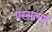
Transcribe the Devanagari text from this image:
एस्सलाम